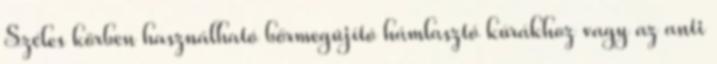
Széles körben használható bőrmegújító hámlasztó kúrákhoz vagy az anti